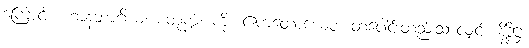
ကြောင့်။ ဟာနဘာဂိယ၊ စတုက္ကံ၊ ကို။ ဧကတောယေဝ၊ တပေါင်းတည်းသာလျှင်။ နိဒ္ဒိဋ္ဌံ၊